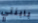
بابنتي